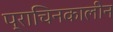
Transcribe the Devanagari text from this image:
प्राचिनकालीन